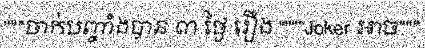
"""ចាក់បញ្ចាំងបាន ៣ ថ្ងៃ រឿង """"Joker អាច"""